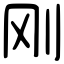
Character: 刚